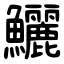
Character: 鱺